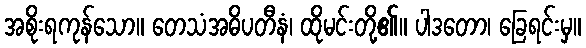
အစိုးရကုန်သော။ တေသံအဓိပတီနံ၊ ထိုမင်းတို့၏။ ပါဒတော၊ ခြေရင်းမှ။